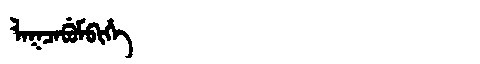
Manchu: ᠯᠠᡴᠴᠠᠪᡠᠮᠪᡳᡥᡝ
Romanization: LAKCABUMBIHE